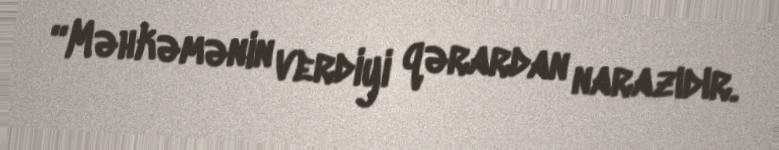
“Məhkəmənin verdiyi qərardan narazıdır.